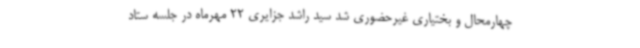
چهارمحال و بختیاری غیرحضوری شد سید راشد جزایری 22 مهرماه در جلسه ستاد